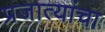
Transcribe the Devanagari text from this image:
प्रजात्यांचा